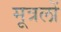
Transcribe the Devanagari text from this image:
मूत्रलों